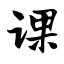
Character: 课